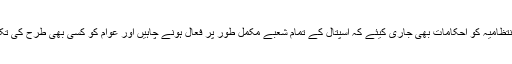
انہوں نے اسپتال کے انتظامیہ کو احکامات بھی جاری کیئے کہ اسپتال کے تمام شعبے مکمل طور پر فعال ہونے چاہیں اور عوام کو کسی بھی طرح کی تکلیف نہیں ہونی چاہیے۔